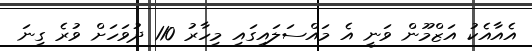
އެއާއެކު އަޒްމޫން ވަނީ އެ މައްސަލައިގައި މިހާރު 110 ދުވަހަށް ވުރެ ގިނަ